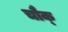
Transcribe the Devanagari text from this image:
चौक्